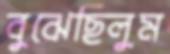
বুঝেছিলুম